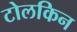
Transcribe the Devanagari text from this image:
टोलकिन